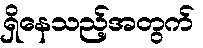
ရှိနေသည့်အတွက်